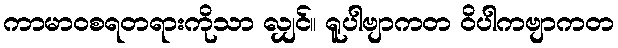
ကာမာဝစရတရားကိုသာ လျှင်။ ရူပါဗျာကတ ဝိပါကဗျာကတ